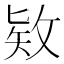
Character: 𪵊